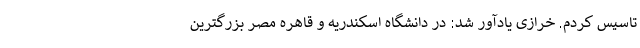
تاسیس کردم. خرازی یادآور شد: در دانشگاه اسکندریه و قاهره مصر بزرگترین